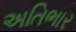
અતિભાર